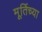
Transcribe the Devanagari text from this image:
मूर्तिच्या